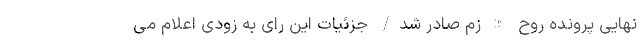
نهایی پرونده روح الله زم صادر شد/ جزئیات این رای به زودی اعلام می